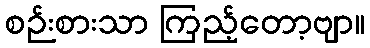
စဉ်းစားသာ ကြည့်တော့ဗျာ။